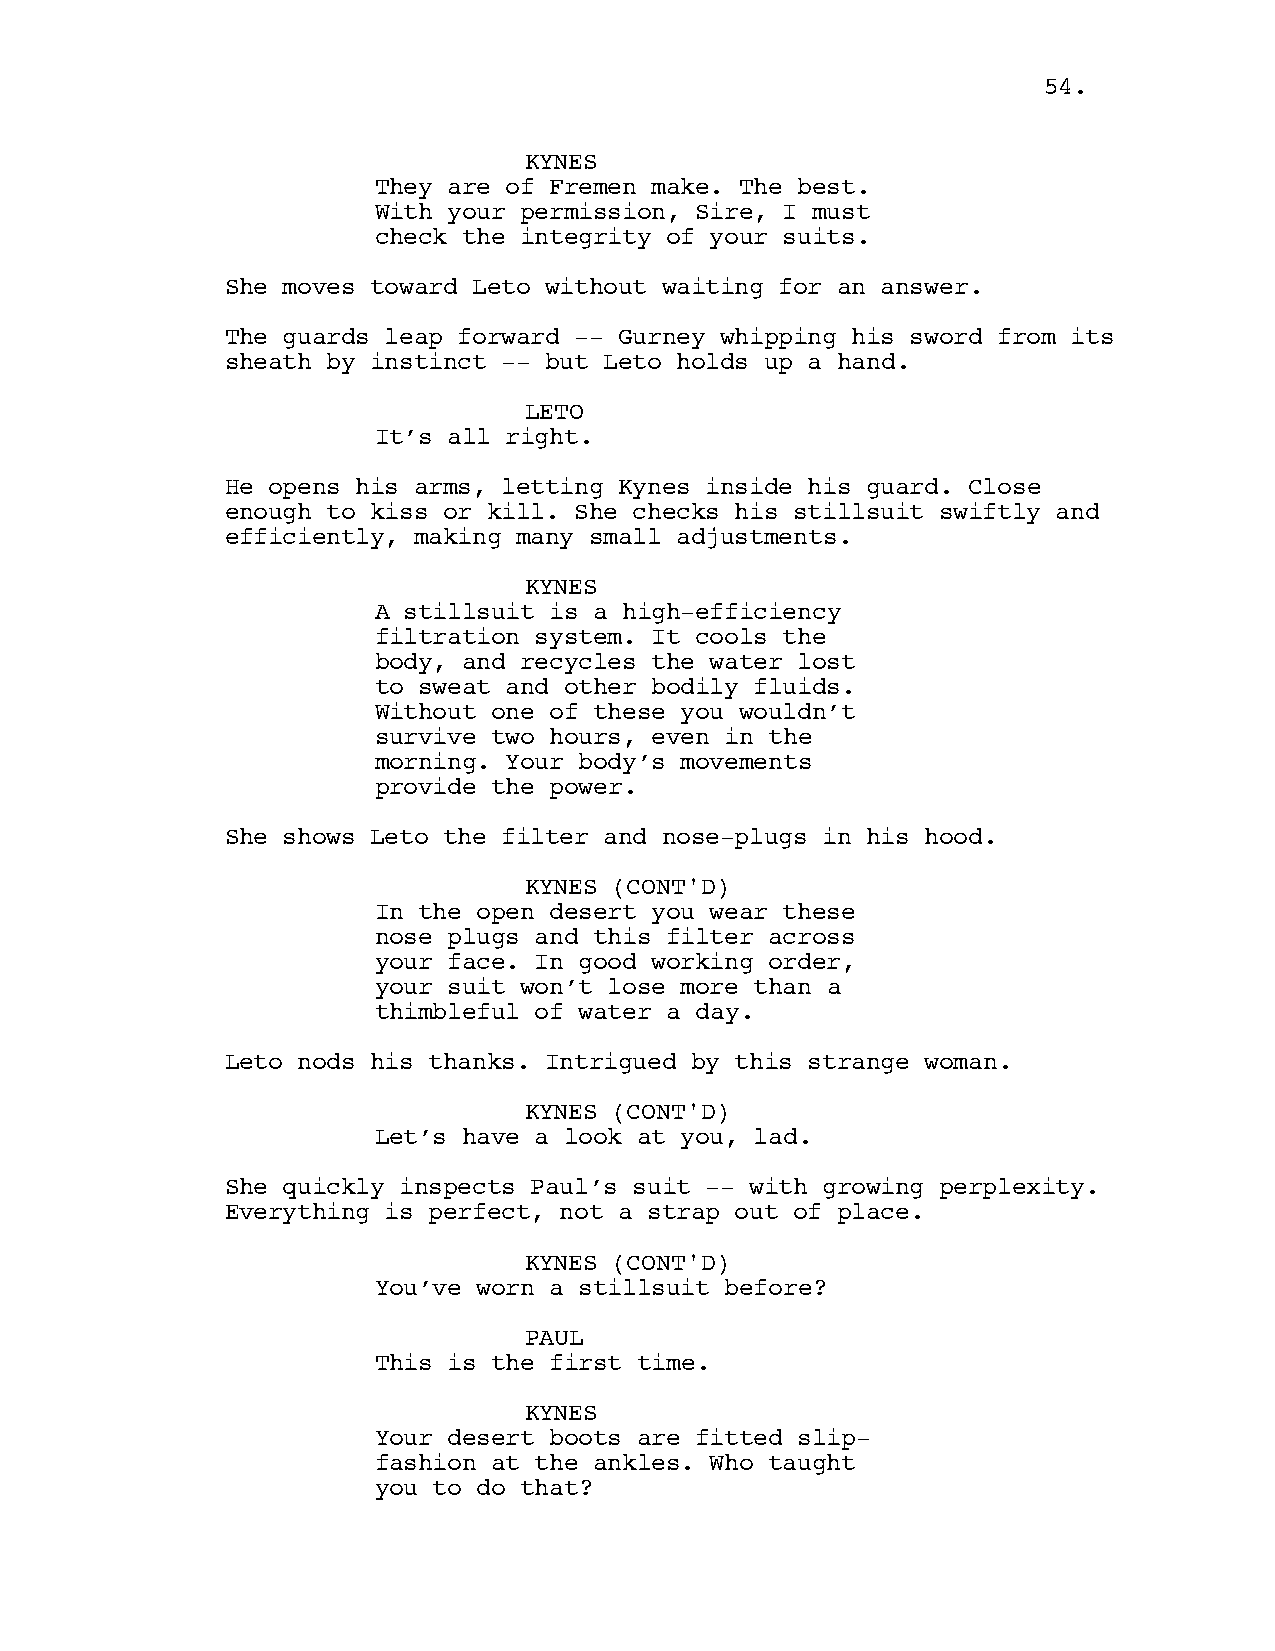
5544..
 KYNES
 They are of Fremen make. The best.
 With your permission, Sire, I must
 check the integrity of your suits.
 She moves toward Leto without waiting for an answer.
 The guards leap forward -- Gurney whipping his sword from its
 sheath by instinct -- but Leto holds up a hand.
 LETO
 It’s all right.
 He opens his arms, letting Kynes inside his guard. Close
 enough to kiss or kill. She checks his stillsuit swiftly and
 efficiently, making many small adjustments.
 KYNES
 A stillsuit is a high-efficiency
 filtration system. It cools the
 body, and recycles the water lost
 to sweat and other bodily fluids.
 Without one of these you wouldn’t
 survive two hours, even in the
 morning. Your body’s movements
 provide the power.
 She shows Leto the filter and nose-plugs in his hood.
 KYNES (CONT'D)
 In the open desert you wear these
 nose plugs and this filter across
 your face. In good working order,
 your suit won’t lose more than a
 thimbleful of water a day.
 Leto nods his thanks. Intrigued by this strange woman.
 KYNES (CONT'D)
 Let’s have a look at you, lad.
 She quickly inspects Paul’s suit -- with growing perplexity.
 Everything is perfect, not a strap out of place.
 KYNES (CONT'D)
 You’ve worn a stillsuit before?
 PAUL
 This is the first time.
 KYNES
 Your desert boots are fitted slip-
 fashion at the ankles. Who taught
 you to do that?